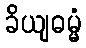
ခိယျဓမ္မံ